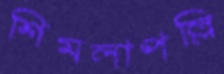
শিমলাপল্লি